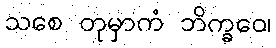
သစေ တုမှာကံ ဘိက္ခဝေ၊